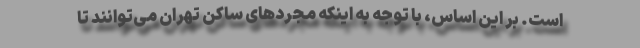
است. بر این اساس، با توجه به اینکه مجردهای ساکن تهران می‌توانند تا